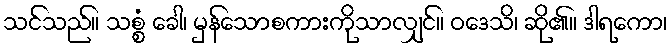
သင်သည်။ သစ္စံ ခေါ၊ မှန်သောစကားကိုသာလျှင်။ ဝဒေသိ၊ ဆို၏။ ဒါရကော၊